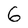
Character: 6